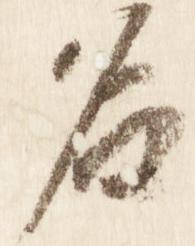
名